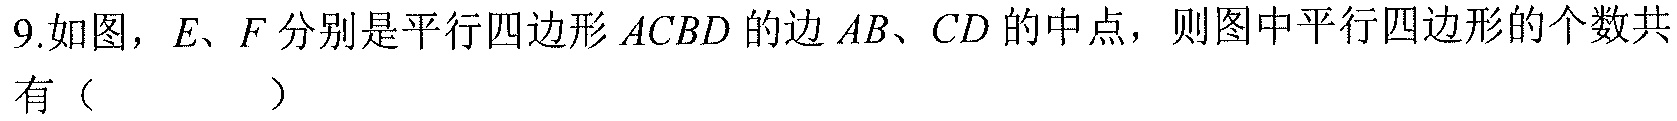
9.如图，\(E\)、\(F\)分别是平行四边形\(ACBD\)的边\(AB\)、\(CD\)的中点，则图中平行四边形的个数共有（  ）